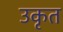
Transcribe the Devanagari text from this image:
उकृत